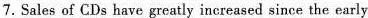
7.Sales of CDs have greatly increased since the early